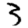
Digit: 3